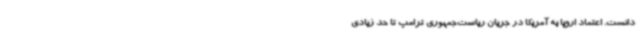
دانست. اعتماد اروپا به آمریکا در جریان ریاست‌جمهوری ترامپ تا حد زیادی